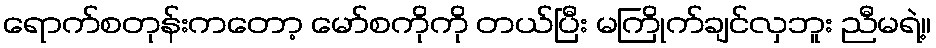
ရောက်စတုန်းကတော့ မော်စကိုကို တယ်ပြီး မကြိုက်ချင်လှဘူး ညီမရဲ့။